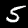
Label: 5